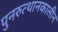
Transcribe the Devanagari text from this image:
पुनरुत्थानकालीन